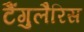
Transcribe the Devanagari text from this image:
टैंगुलैरिस